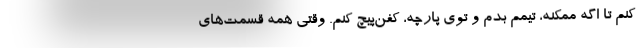
كنم تا اگه ممكنه، تيمم بدم و توي پارچه، كفن‌پيچ كنم. وقتي همه قسمت‌هاي